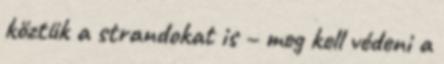
köztük a strandokat is – meg kell védeni a